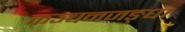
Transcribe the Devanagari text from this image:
कञ्चनजङ्घा